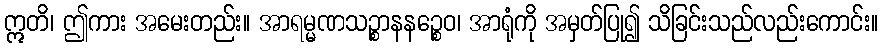
ဣတိ၊ ဤကား အမေးတည်း။ အာရမ္မဏသဉ္စာနနဉ္စေဝ၊ အာရုံကို အမှတ်ပြု၍ သိခြင်းသည်လည်းကောင်း။